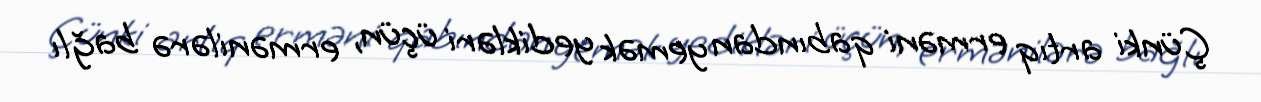
Çünki artıq erməni qabından yemək yedikləri üçün, ermənilərə bağlı